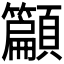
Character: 𮨣